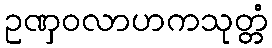
ဥဏှဝလာဟကသုတ္တံ